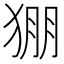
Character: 𱮄